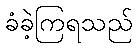
ခံခဲ့ကြရသည်